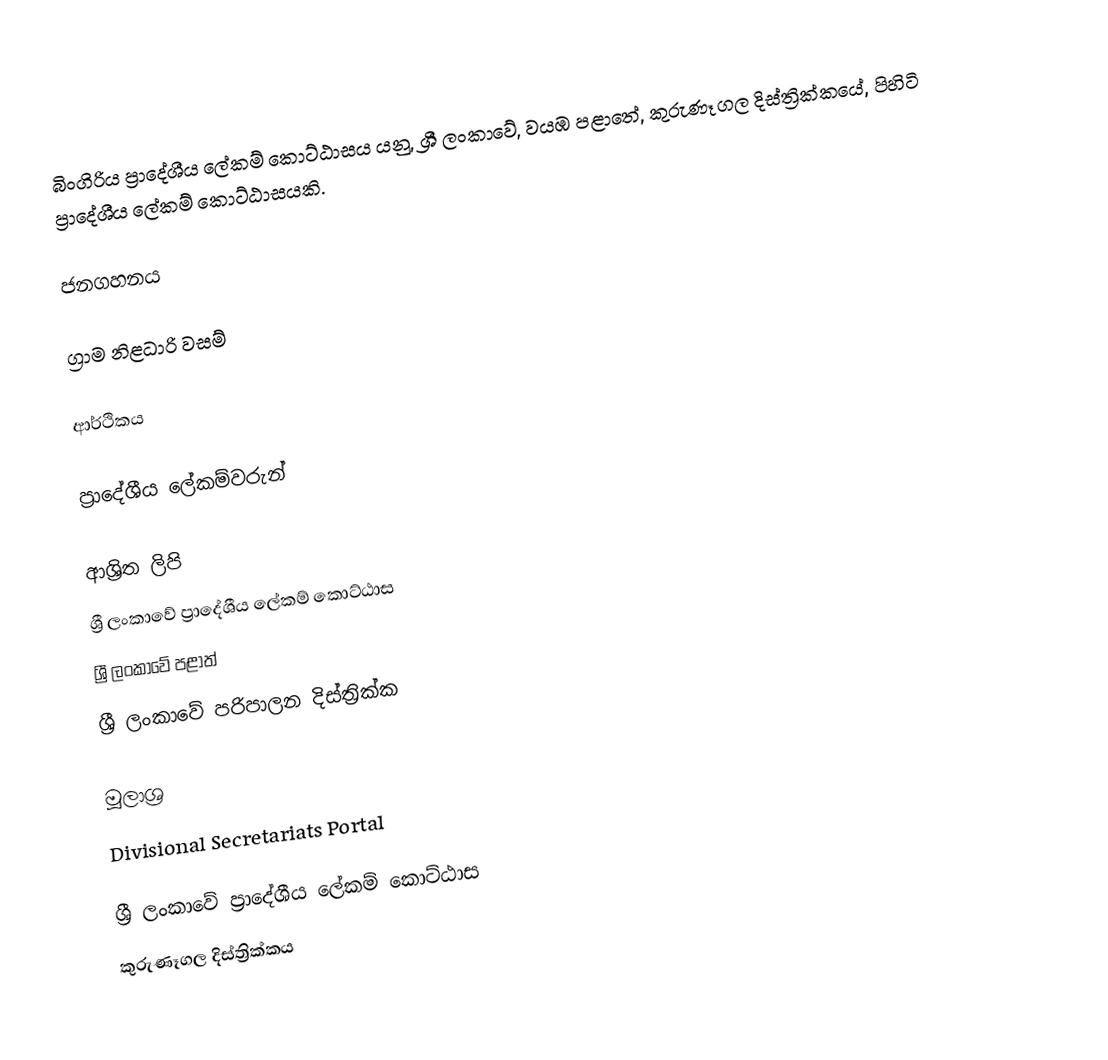
බිංගිරිය ප්‍රාදේශීය ලේකම් කොට්ඨාසය යනු,  ශ්‍රී ලංකාවේ, වයඹ පළාතේ,   කුරුණෑගල දිස්ත්‍රික්කයේ, පිහිටි ප්‍රාදේශීය ලේකම් කොට්ඨාසයකි.

ජනගහනය

ග්‍රාම නිළධාරි වසම්

ආර්ථිකය

ප්‍රාදේශීය ලේකම්වරුන්

ආශ්‍රිත ලිපි
ශ්‍රී ලංකාවේ ප්‍රාදේශීය ලේකම් කොට්ඨාස
ශ්‍රී ලංකාවේ පළාත්
ශ්‍රී ලංකාවේ පරිපාලන දිස්ත්‍රික්ක

මූලාශ්‍ර
 Divisional Secretariats Portal

ශ්‍රී ලංකාවේ ප්‍රාදේශීය ලේකම් කොට්ඨාස
කුරුණෑගල දිස්ත්‍රික්කය